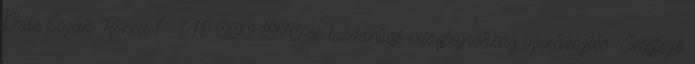
Chile–Észak-Korea 1 – 1 15 000 1970-es labdarúgó-világbajnokság szerkesztés Selejtező